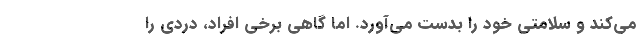
می‌کند و سلامتی خود را بدست می‌آورد. اما گاهی برخی افراد، دردی را